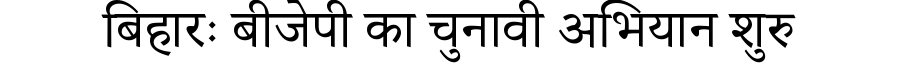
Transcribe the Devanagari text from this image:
बिहारः बीजेपी का चुनावी अभियान शुरु